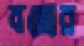
বজ্রের